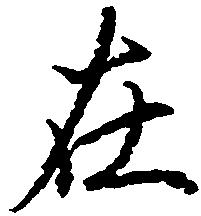
在